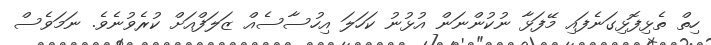
ހިތް ތެޅިފޮޅިގަނެފައި މޭފަޅާ ނުކުންނަން އުޅުނު ކަހަލަ އިހުސާސެއް ޒަލަފްއަށް ކުރެވުނެވެ. ނަމަވެސް